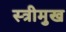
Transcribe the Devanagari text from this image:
स्त्रीमुख